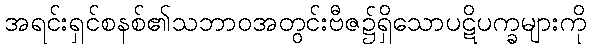
အရင်းရှင်စနစ်၏သဘာဝအတွင်းဗီဇ၌ရှိသောပဋိပက္ခများကို